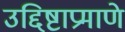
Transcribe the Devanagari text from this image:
उद्दिष्टाप्रमाणे